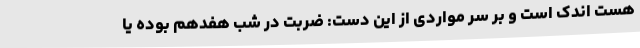
هست اندک است و بر سر مواردی از این دست: ضربت در شب هفدهم بوده یا